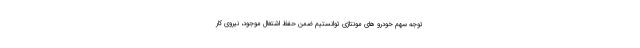
توجه سهم خودرو های مونتاژی توانستیم ضمن حفظ اشتغال موجود، نیروی کار